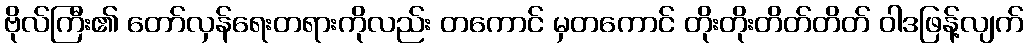
ဗိုလ်ကြီး၏ တော်လှန်ရေးတရားကိုလည်း တကောင် မှတကောင် တိုးတိုးတိတ်တိတ် ဝါဒဖြန့်လျက်